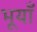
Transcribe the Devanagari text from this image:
भूयाँ